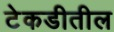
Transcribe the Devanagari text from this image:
टेकडीतील